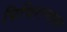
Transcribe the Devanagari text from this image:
पिचिरान्दयार